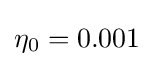
\eta _{0}=0.001